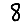
Digit: 8